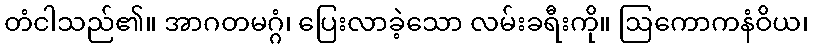
တံငါသည်၏။ အာဂတမဂ္ဂံ၊ ပြေးလာခဲ့သော လမ်းခရီးကို။ ဩကောကနံဝိယ၊